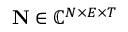
\mathbf { N } \in \mathbb { C } ^ { N \times E \times T }